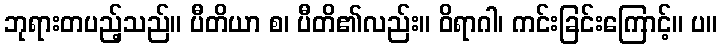
ဘုရားတပည့်သည်။ ပီတိယာ စ၊ ပီတိ၏လည်း။ ဝိရာဂါ၊ ကင်းခြင်းကြောင့်။ ပ။